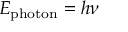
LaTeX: E _ { \mathrm { p h o t o n } } = h \nu